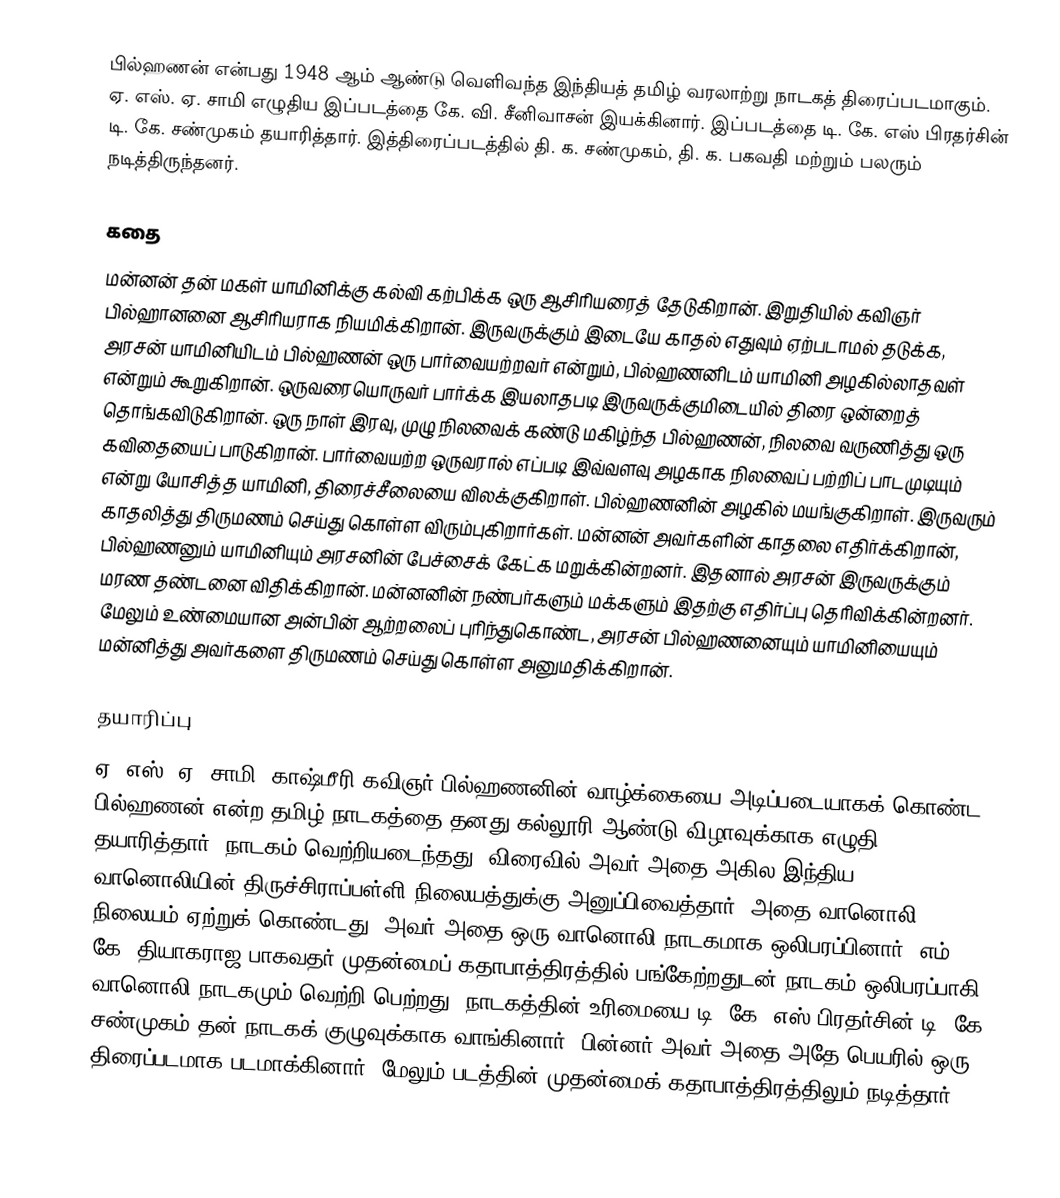
பில்ஹணன் என்பது 1948 ஆம் ஆண்டு வெளிவந்த இந்தியத் தமிழ் வரலாற்று நாடகத் திரைப்படமாகும். ஏ. எஸ். ஏ. சாமி எழுதிய இப்படத்தை கே. வி. சீனிவாசன் இயக்கினார். இப்படத்தை டி. கே. எஸ் பிரதர்சின் டி. கே. சண்முகம் தயாரித்தார். இத்திரைப்படத்தில் தி. க. சண்முகம், தி. க. பகவதி மற்றும் பலரும் நடித்திருந்தனர்.

கதை
மன்னன் தன் மகள் யாமினிக்கு கல்வி கற்பிக்க ஒரு ஆசிரியரைத் தேடுகிறான். இறுதியில் கவிஞர் பில்ஹானனை ஆசிரியராக நியமிக்கிறான். இருவருக்கும் இடையே காதல் எதுவும் ஏற்படாமல் தடுக்க, அரசன் யாமினியிடம் பில்ஹணன் ஒரு பார்வையற்றவர் என்றும், பில்ஹணனிடம் யாமினி அழகில்லாதவள் என்றும் கூறுகிறான். ஒருவரையொருவர் பார்க்க இயலாதபடி இருவருக்குமிடையில் திரை ஒன்றைத் தொங்கவிடுகிறான். ஒரு நாள் இரவு, முழு நிலவைக் கண்டு மகிழ்ந்த பில்ஹணன், நிலவை வருணித்து ஒரு கவிதையைப் பாடுகிறான். பார்வையற்ற ஒருவரால் எப்படி இவ்வளவு அழகாக நிலவைப் பற்றிப் பாடமுடியும் என்று யோசித்த யாமினி, திரைச்சீலையை விலக்குகிறாள். பில்ஹணனின் அழகில் மயங்குகிறாள். இருவரும் காதலித்து திருமணம் செய்து கொள்ள விரும்புகிறார்கள். மன்னன் அவர்களின் காதலை எதிர்க்கிறான், பில்ஹணனும் யாமினியும் அரசனின் பேச்சைக் கேட்க மறுக்கின்றனர். இதனால் அரசன் இருவருக்கும் மரண தண்டனை விதிக்கிறான். மன்னனின் நண்பர்களும் மக்களும் இதற்கு எதிர்ப்பு தெரிவிக்கின்றனர். மேலும் உண்மையான அன்பின் ஆற்றலைப் புரிந்துகொண்ட, அரசன் பில்ஹணனையும் யாமினியையும் மன்னித்து அவர்களை திருமணம் செய்து கொள்ள அனுமதிக்கிறான்.

தயாரிப்பு
ஏ. எஸ். ஏ. சாமி, காஷ்மீரி கவிஞர் பில்ஹணனின் வாழ்க்கையை அடிப்படையாகக் கொண்ட பில்ஹணன் என்ற தமிழ் நாடகத்தை தனது கல்லூரி ஆண்டு விழாவுக்காக எழுதி தயாரித்தார். நாடகம் வெற்றியடைந்தது, விரைவில் அவர் அதை அகில இந்திய வானொலியின் திருச்சிராப்பள்ளி நிலையத்துக்கு அனுப்பிவைத்தார். அதை வானொலி நிலையம் ஏற்றுக் கொண்டது. அவர் அதை ஒரு வானொலி நாடகமாக ஒலிபரப்பினார். எம். கே. தியாகராஜ பாகவதர் முதன்மைப் கதாபாத்திரத்தில் பங்கேற்றதுடன் நாடகம் ஒலிபரப்பாகி, வானொலி நாடகமும் வெற்றி பெற்றது. நாடகத்தின் உரிமையை டி. கே. எஸ் பிரதர்சின் டி. கே. சண்முகம் தன் நாடகக் குழுவுக்காக வாங்கினார். பின்னர் அவர் அதை அதே பெயரில் ஒரு திரைப்படமாக படமாக்கினார். மேலும் படத்தின் முதன்மைக் கதாபாத்திரத்திலும் நடித்தார்.